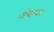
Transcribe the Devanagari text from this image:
चीमड़पन